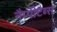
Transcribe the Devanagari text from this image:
नैप्पीटैब्स